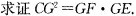
求证$$CG^{2}=GF·GE$$。